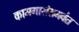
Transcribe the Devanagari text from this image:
कामगारांसमवेत